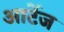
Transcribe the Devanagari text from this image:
आर्टेज